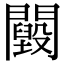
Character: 𨷕